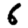
Digit: 6